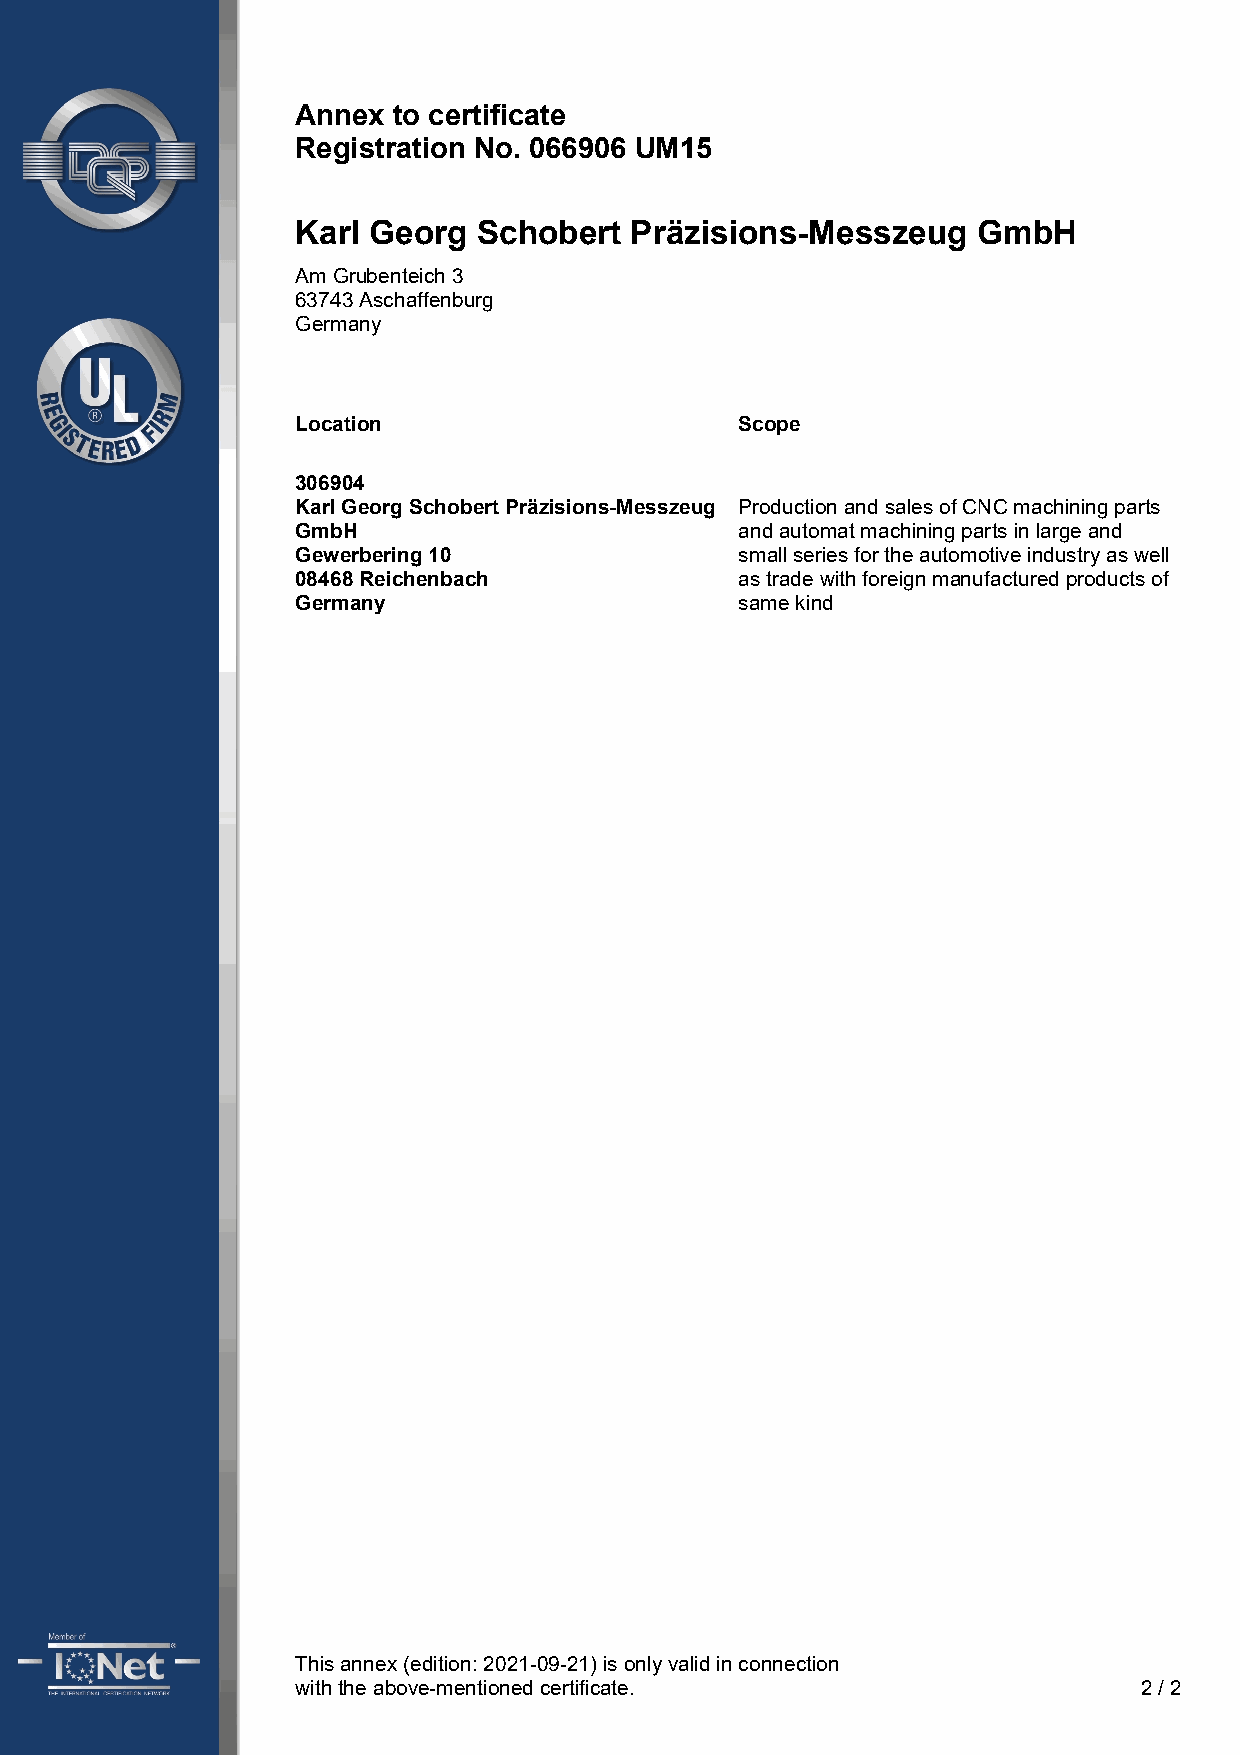
Annex to certificate
 Registration No. 066906 UM15
 Karl Georg  Schobert  Präzisions-Messzeug    GmbH
 Am Grubenteich 3
 63743 Aschaffenburg
 Germany
 L ocation                    Scope
 306904
 Karl Georg Schobert Präzisions-Messzeug Production and sales of CNC machining parts
 GmbH                         and automat machining parts in large and
 Gewerbering 10               small series for the automotive industry as well
 08468 Reichenbach            as trade with foreign manufactured products of
 Germany                      same kind
 This annex (edition: 2021-09-21) is only valid in connection
 with the above-mentioned certificate.                   2 / 2